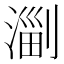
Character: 𣺤